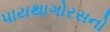
પાયથાગોરસનો